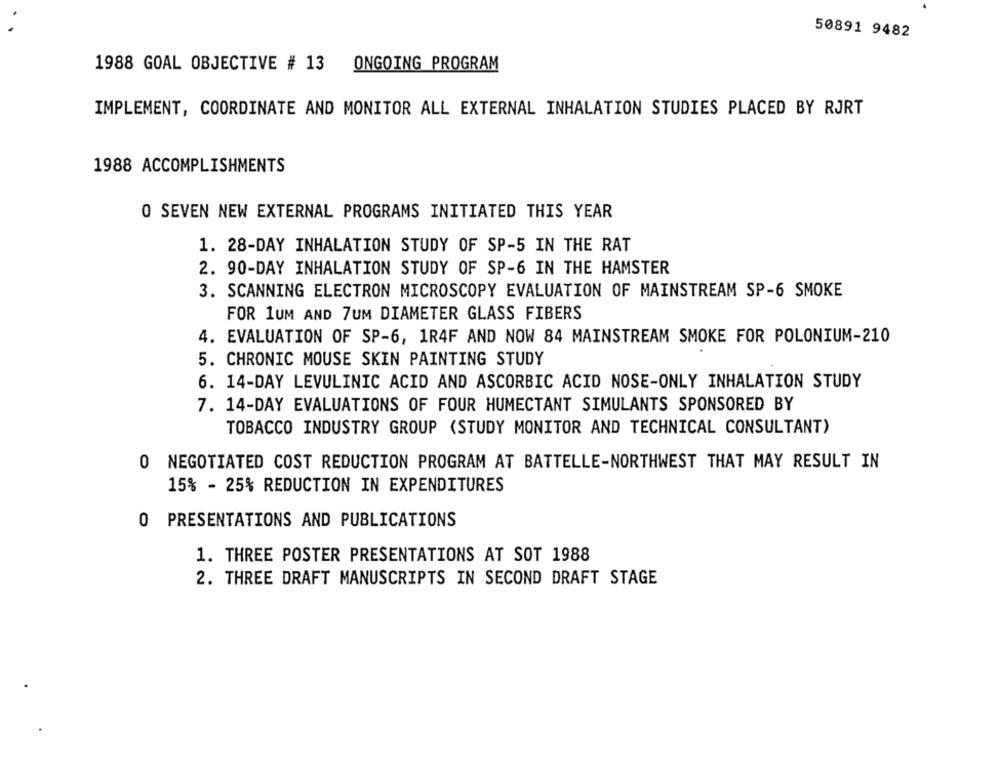
50891 9482
1988 GOAL OBJECTIVE # 13
ONGOING PROGRAM
IMPLEMENT, COORDINATE AND MONITOR ALL EXTERNAL INHALATION STUDIES PLACED BY RJRT
1988 ACCOMPLISHMENTS
O SEVEN NEW EXTERNAL PROGRAMS INITIATED THIS YEAR
1. 28-DAY INHALATION STUDY OF SP-5 IN THE RAT
2. 90-DAY INHALATION STUDY OF SP-6 IN THE HAMSTER
3. SCANNING ELECTRON MICROSCOPY EVALUATION OF MAINSTREAM SP-6 SMOKE
FOR 1UM AND 7UM DIAMETER GLASS FIBERS
4. EVALUATION OF SP-6, 1R4F AND NOW 84 MAINSTREAM SMOKE FOR POLONIUM-210
5. CHRONIC MOUSE SKIN PAINTING STUDY
6. 14-DAY LEVULINIC ACID AND ASCORBIC ACID NOSE-ONLY INHALATION STUDY
7. 14-DAY EVALUATIONS OF FOUR HUMECTANT SIMULANTS SPONSORED BY
TOBACCO INDUSTRY GROUP (STUDY MONITOR AND TECHNICAL CONSULTANT)
O NEGOTIATED COST REDUCTION PROGRAM AT BATTELLE-NORTHWEST THAT MAY RESULT IN
15% - 25% REDUCTION IN EXPENDITURES
O PRESENTATIONS AND PUBLICATIONS
1. THREE POSTER PRESENTATIONS AT SOT 1988
2. THREE DRAFT MANUSCRIPTS IN SECOND DRAFT STAGE